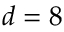
d = 8